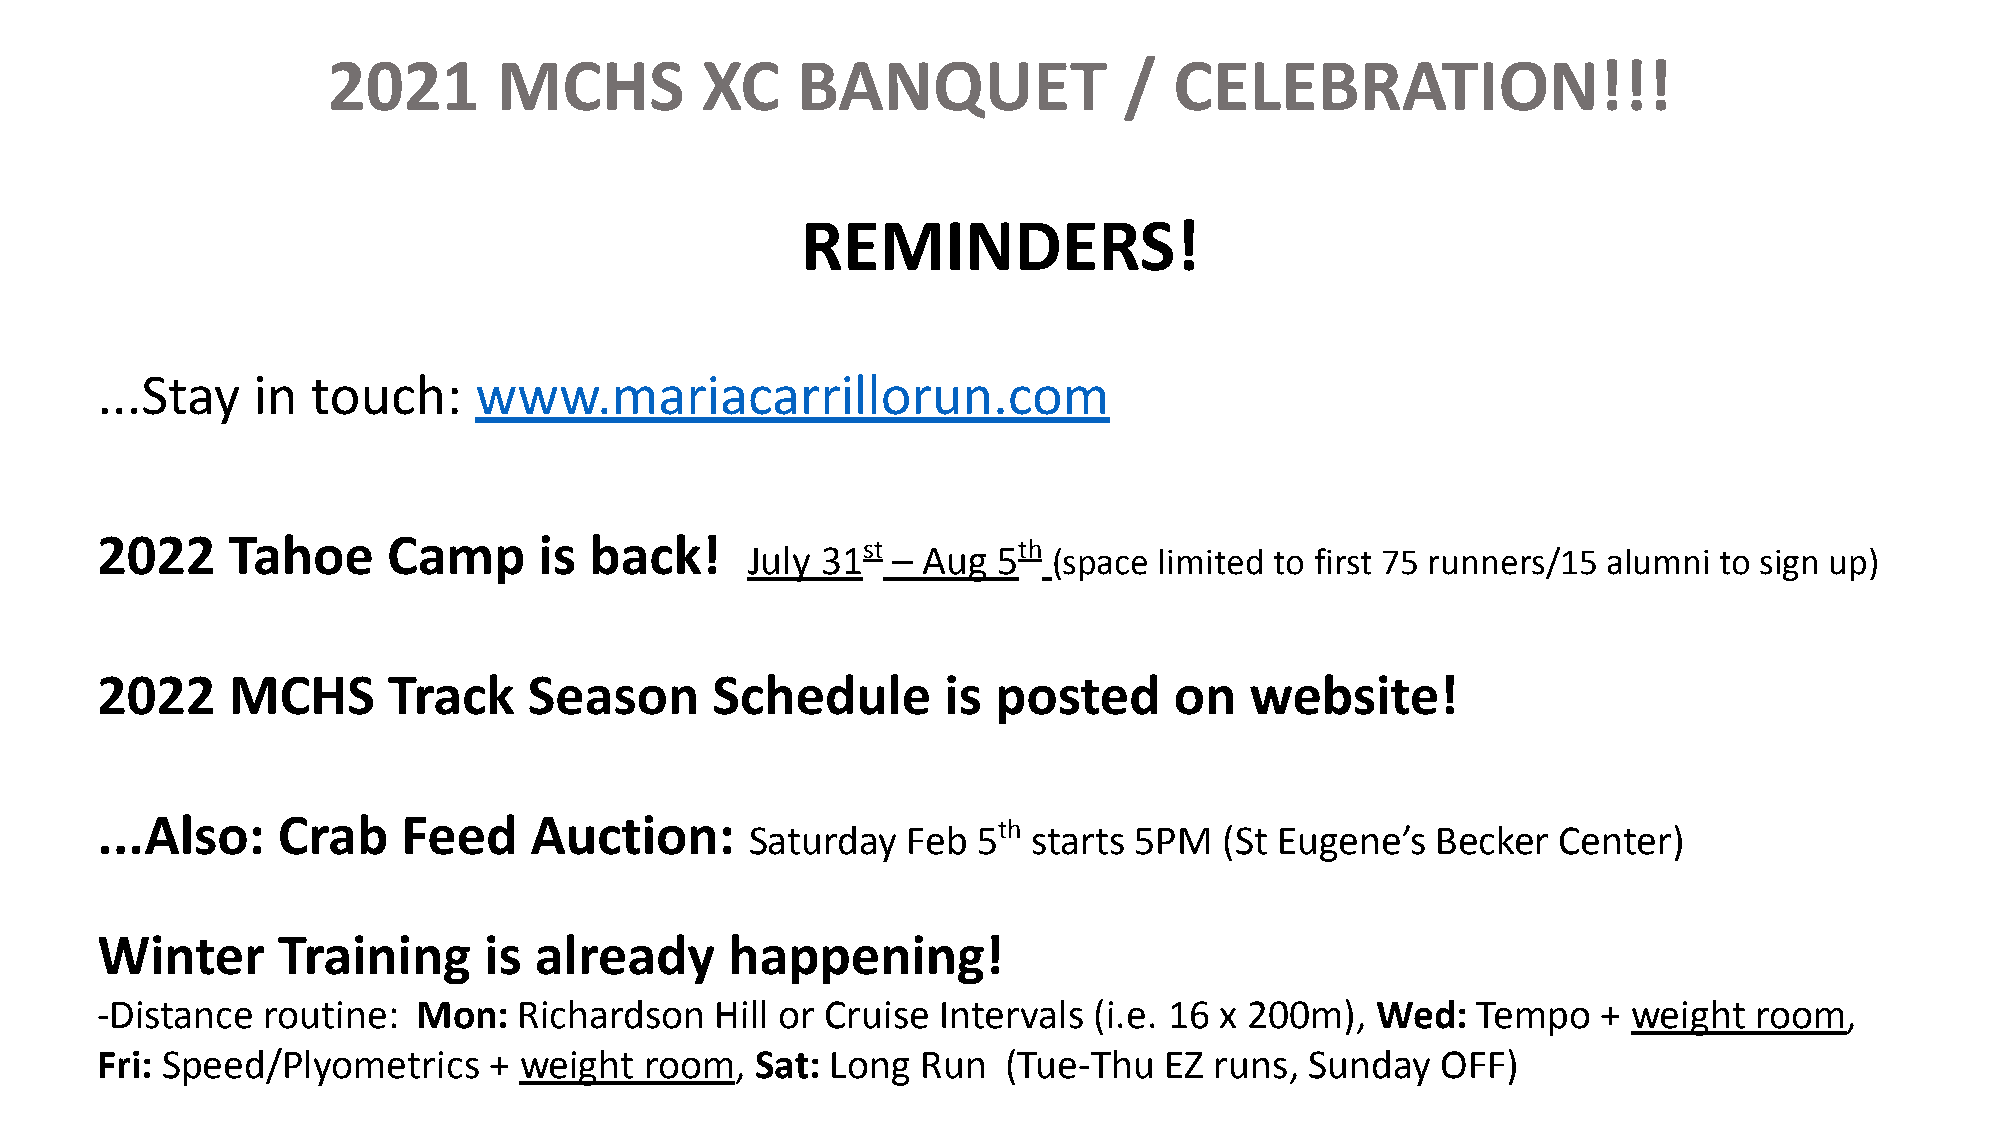
2021       MCHS         XC     BANQUET              /   CELEBRATION!!!
 REMINDERS!
 ...Stay    in  touch:    www.mariacarrillorun.com
 2022     Tahoe      Camp      is back!
 July 31st – Aug  5th (space limited to first 75 runners/15 alumni to sign up)
 2022     MCHS       Track    Season      Schedule       is  posted      on   website!
 ...Also:    Crab     Feed    Auction:
 Saturday  Feb  5th starts 5PM  (St Eugene’s  Becker  Center)
 Winter      Training      is already      happening!
 -Distance  routine:   Mon:  Richardson   Hill or Cruise Intervals (i.e. 16 x 200m),  Wed:   Tempo   + weight  room,
 Fri: Speed/Plyometrics    + weight   room,  Sat: Long  Run   (Tue-Thu  EZ runs,  Sunday  OFF)